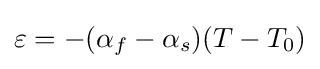
\varepsilon =-(\alpha _{f}-\alpha _{s})(T-T_{0})